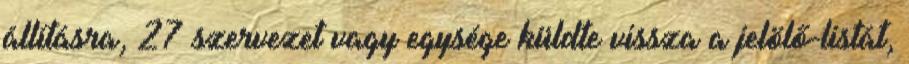
állításra, 27 szervezet vagy egysége küldte vissza a jelölő-listát,